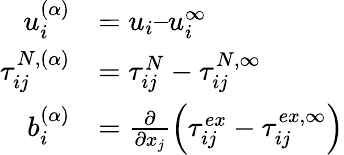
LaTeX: \begin{array}{rl}{u_{i}^{(\alpha)}}&{=u_{i}–u_{i}^{\infty}}\\ {\tau_{ij}^{N,(\alpha)}}&{=\tau_{ij}^{N}-\tau_{ij}^{N,\infty}}\\ {b_{i}^{(\alpha)}}&{=\frac{\partial}{\partial x_{j}}\left(\tau_{ij}^{ex}-\tau_{ij}^{ex,\infty}\right)}\end{array}